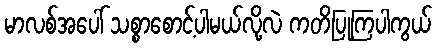
မာလစ်အပေါ် သစ္စာစောင့်ပါမယ်လို့လဲ ကတိပြုကြပါကွယ်